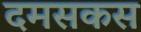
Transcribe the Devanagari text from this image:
दमसकस